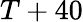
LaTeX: T+40